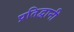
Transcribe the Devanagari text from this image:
प्रतिद्वानी